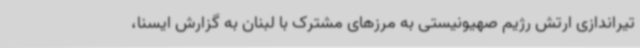
تیراندازی ارتش رژیم صهیونیستی به مرزهای مشترک با لبنان به گزارش ایسنا،